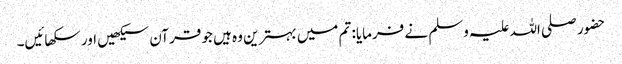
حضور صلی اللہ علیہ وسلم نے فرمایا: تم میں بہترین وہ ہیں جو قرآن سیکھیں اور سکھائیں۔